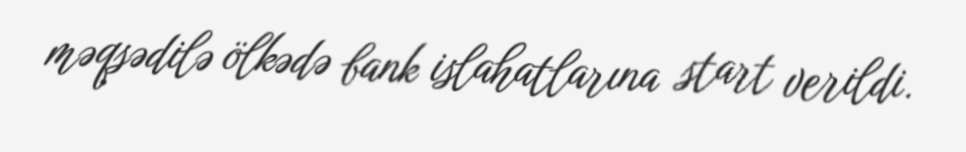
məqsədilə ölkədə bank islahatlarına start verildi.